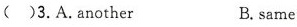
( )3.A.Another B.Same